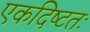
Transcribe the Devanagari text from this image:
एकदिष्‍टतः